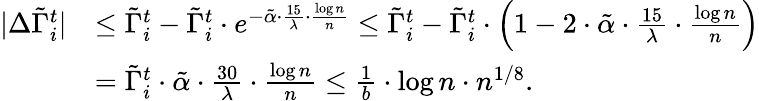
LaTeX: \begin{array}{rl}{|\Delta\tilde{\Gamma}_{i}^{t}|}&{\leq\tilde{\Gamma}_{i}^{t}-\tilde{\Gamma}_{i}^{t}\cdot e^{-\tilde{\alpha}\cdot\frac{15}{\lambda}\cdot\frac{\log n}{n}}\leq\tilde{\Gamma}_{i}^{t}-\tilde{\Gamma}_{i}^{t}\cdot\Big(1-2\cdot\tilde{\alpha}\cdot\frac{15}{\lambda}\cdot\frac{\log n}{n}\Big)}\\ &{=\tilde{\Gamma}_{i}^{t}\cdot\tilde{\alpha}\cdot\frac{30}{\lambda}\cdot\frac{\log n}{n}\leq\frac{1}{b}\cdot\log n\cdot n^{1/8}.}\end{array}